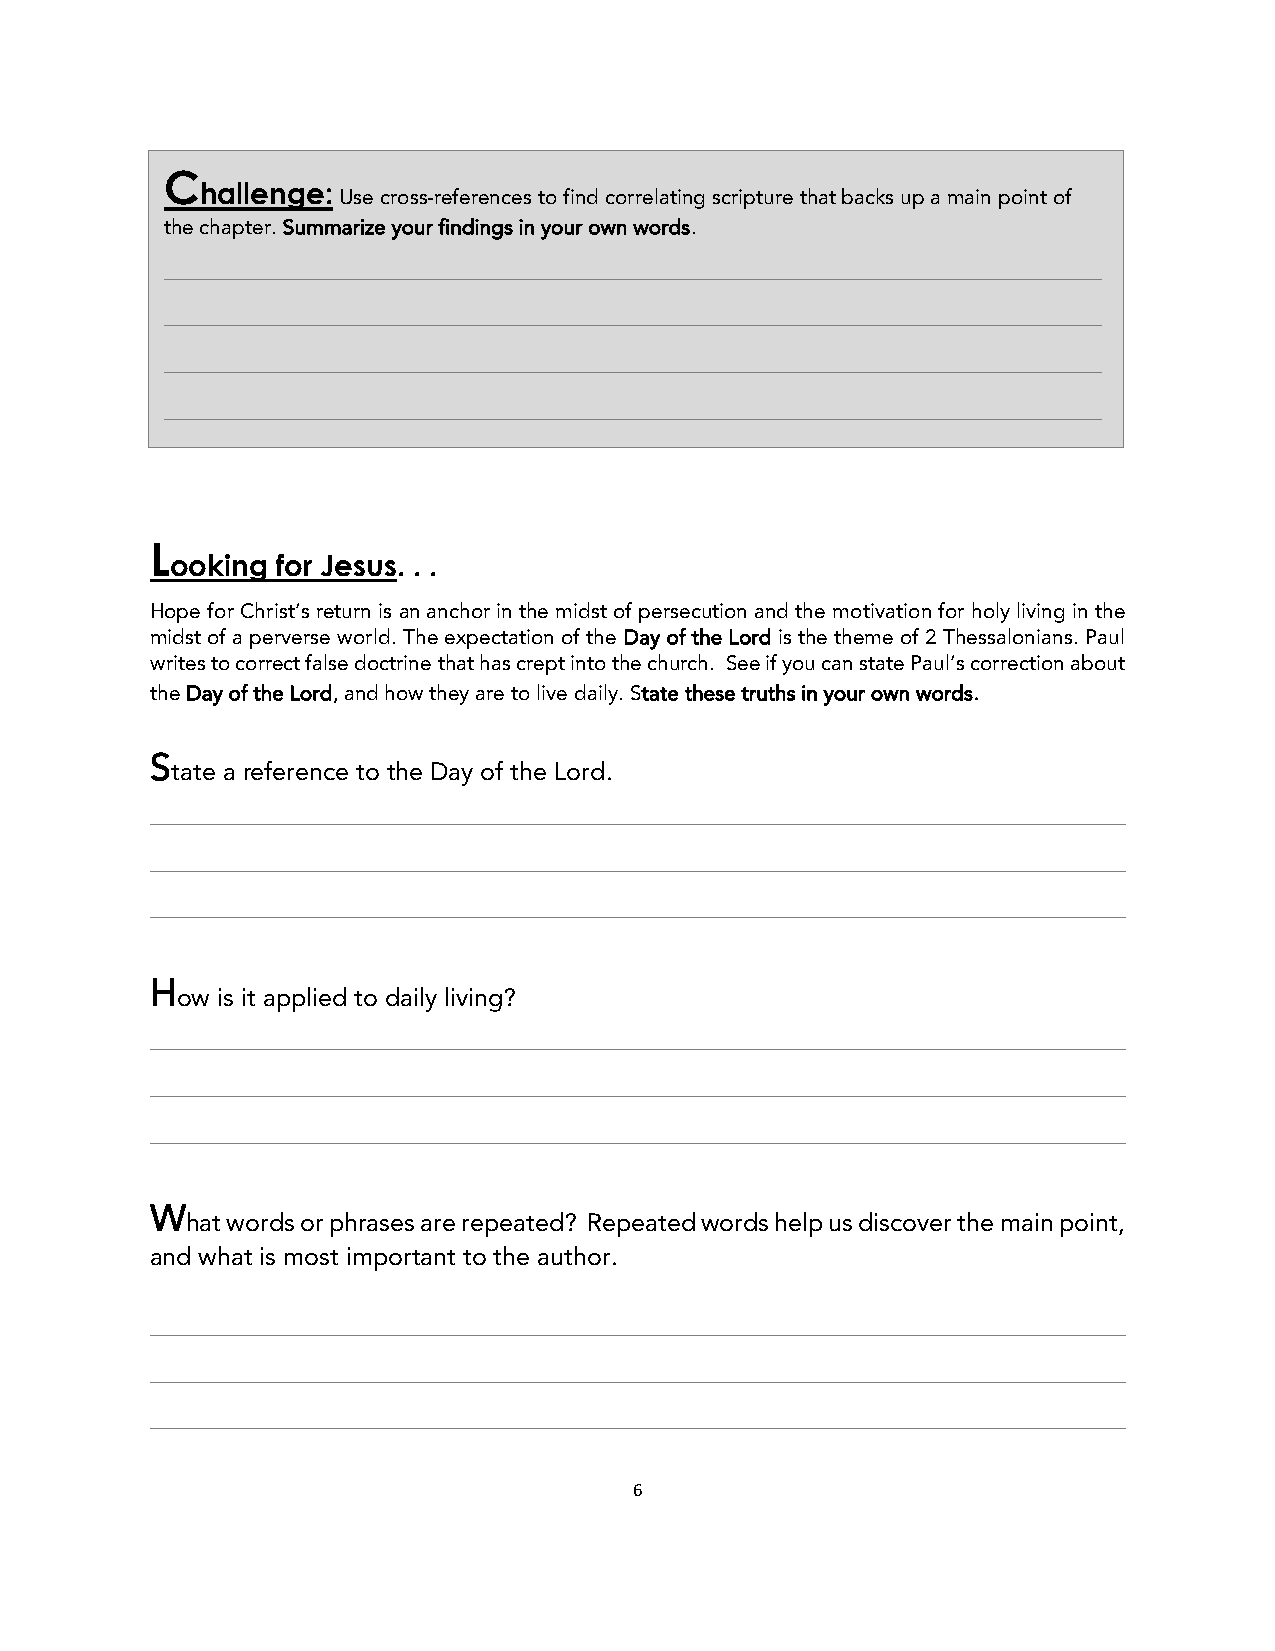
C
 hallenge:
 Use cross-references to find correlating scripture that backs up a main point of
 the chapter. Summarize your findings in your own words.
 ___________________________________________________________________________
 ___________________________________________________________________________
 ___________________________________________________________________________
 ___________________________________________________________________________
 L
 ooking for Jesus. . .
 Hope for Christ’s return is an anchor in the midst of persecution and the motivation for holy living in the
 midst of a perverse world. The expectation of the Day of the Lord is the theme of 2 Thessalonians. Paul
 writes to correct false doctrine that has crept into the church. See if you can state Paul’s correction about
 the Day of the Lord, and how they are to live daily. State these truths in your own words.
 S
 tate a reference to the Day of the Lord.
 ______________________________________________________________________________
 ______________________________________________________________________________
 ______________________________________________________________________________
 H
 ow is it applied to daily living?
 ______________________________________________________________________________
 ______________________________________________________________________________
 ______________________________________________________________________________
 W
 hat words or phrases are repeated? Repeated words help us discover the main point,
 and what is most important to the author.
 ______________________________________________________________________________
 ______________________________________________________________________________
 ______________________________________________________________________________
 6